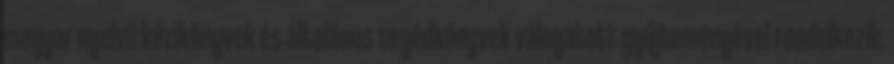
magyar nyelvű kézikönyvek és általános segédkönyvek válogatott gyűjteményével rendelkezik.